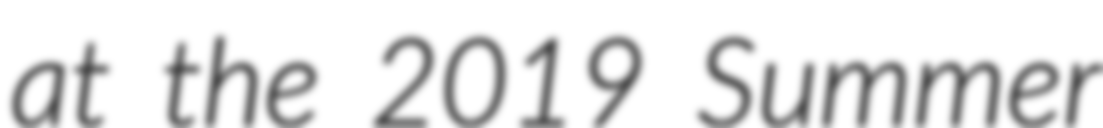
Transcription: at the 2019 Summer